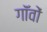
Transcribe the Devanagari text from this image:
गॉंवों